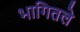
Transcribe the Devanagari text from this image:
भागितले